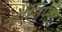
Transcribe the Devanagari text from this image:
संन्निपात